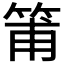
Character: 𥮉